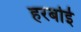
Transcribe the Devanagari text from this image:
हरबोई